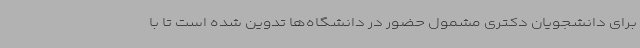
برای دانشجویان دکتری مشمول حضور در دانشگاه‌ها تدوین شده است تا با